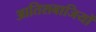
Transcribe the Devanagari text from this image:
आतिशबाजियों